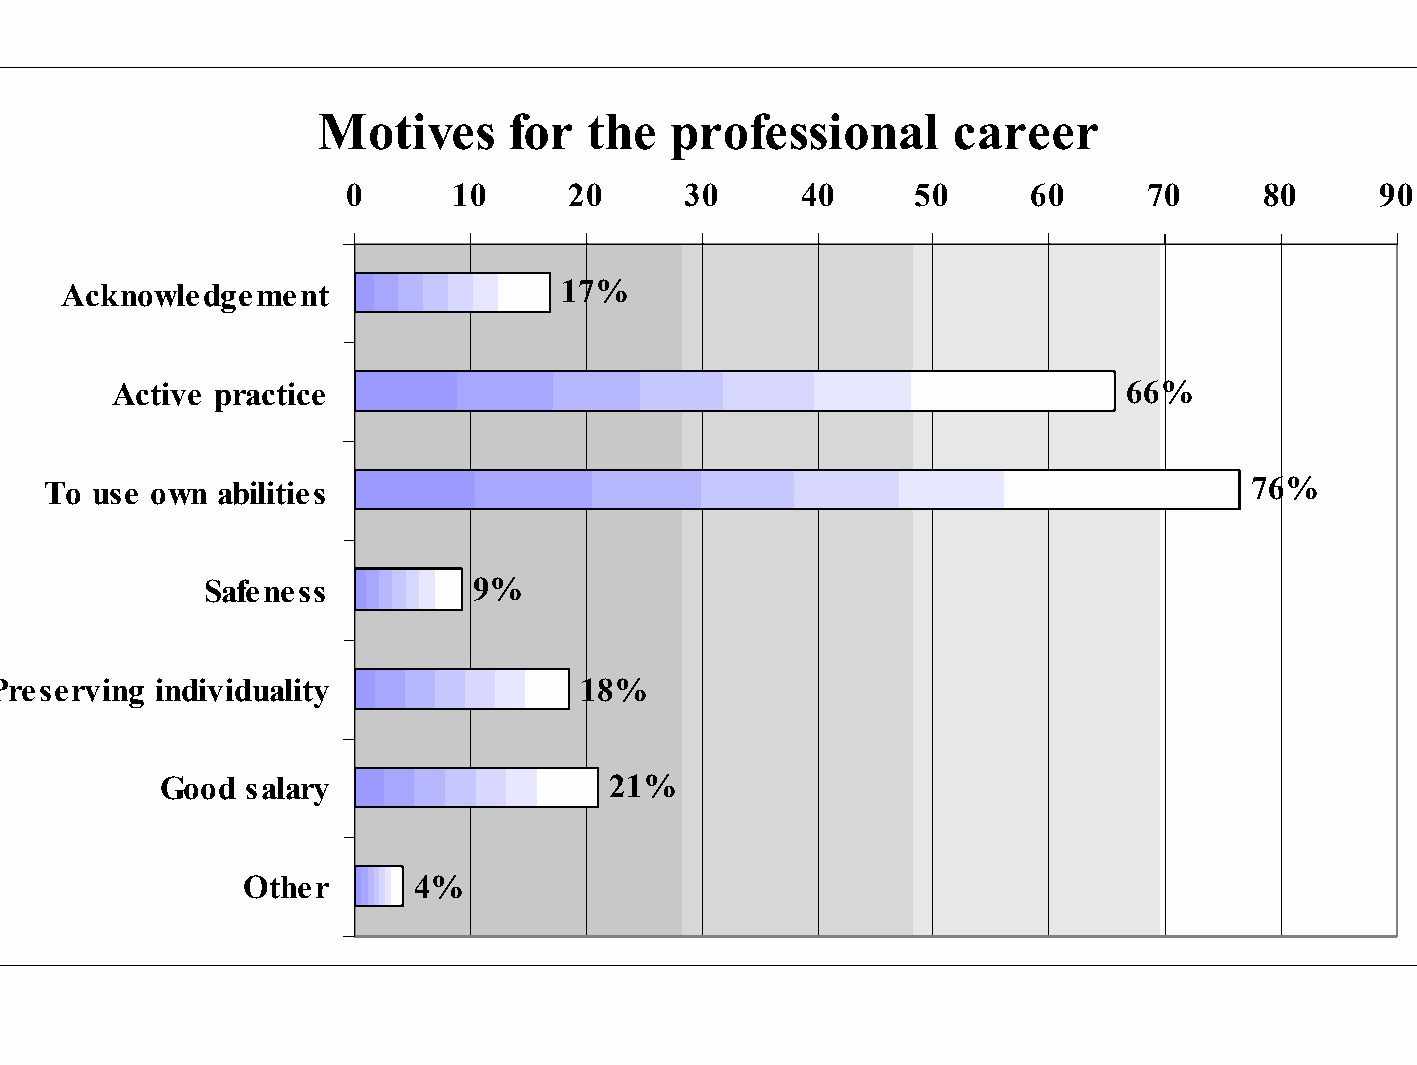
Motives      for  the   professional      career
 0      10      20      30     40      50     60      70      80     90
 Acknowledgement                  17%
 Active practice                                                    66%
 To use own  abilities                                                           76%
 Safeness         9%
 Preserving individuality                18%
 Good salary                  21%
 Other       4%